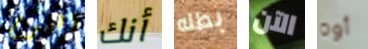
اليوم أنك بطله الآن أوه